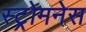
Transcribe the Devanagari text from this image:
स्ट्रोमनेस